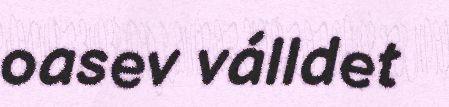
oasev válldet